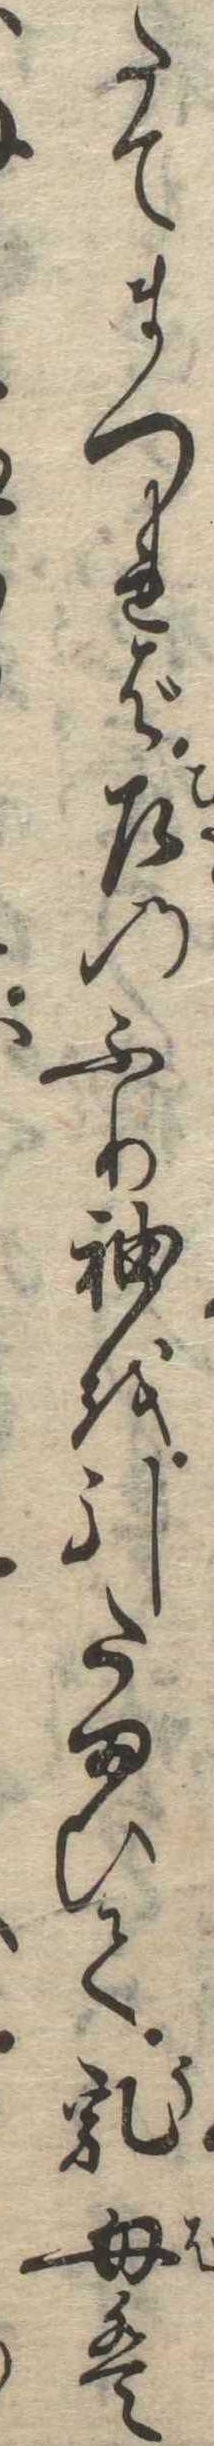
たてまつれば左のふり袖を引たまひて乳母は